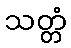
သတ္တံ